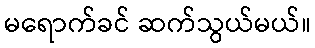
မရောက်ခင် ဆက်သွယ်မယ်။